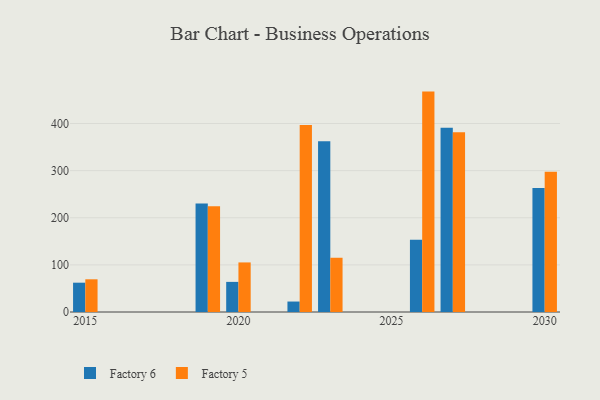
{"axis": {"x": "Year", "y": "Production Output"}, "legend": ["Factory 5", "Factory 6"], "data": [{"x": "2027", "y": 390.8, "type": "Factory 6"}, {"x": "2027", "y": 381.6, "type": "Factory 5"}, {"x": "2019", "y": 230.5, "type": "Factory 6"}, {"x": "2019", "y": 224.3, "type": "Factory 5"}, {"x": "2026", "y": 153.4, "type": "Factory 6"}, {"x": "2026", "y": 467.7, "type": "Factory 5"}, {"x": "2015", "y": 62.2, "type": "Factory 6"}, {"x": "2015", "y": 69.4, "type": "Factory 5"}, {"x": "2030", "y": 263.3, "type": "Factory 6"}, {"x": "2030", "y": 297.6, "type": "Factory 5"}, {"x": "2020", "y": 63.9, "type": "Factory 6"}, {"x": "2020", "y": 105.2, "type": "Factory 5"}, {"x": "2023", "y": 362.2, "type": "Factory 6"}, {"x": "2023", "y": 115.1, "type": "Factory 5"}, {"x": "2022", "y": 22.2, "type": "Factory 6"}, {"x": "2022", "y": 397.0, "type": "Factory 5"}]}